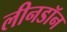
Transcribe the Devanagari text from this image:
लीनडॉन